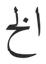
الخ